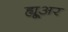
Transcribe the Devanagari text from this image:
ह्यू्अर